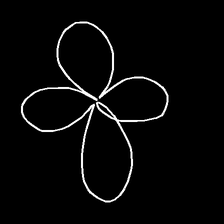
Glyph: billowing